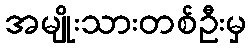
အမျိုးသားတစ်ဦးမှ